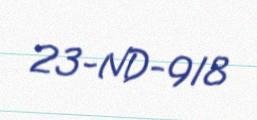
23-ND-918